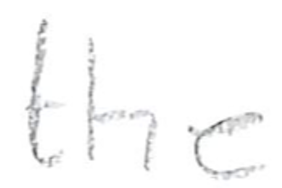
Text: the
Cross-out: clean
Writing tool: pencil